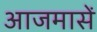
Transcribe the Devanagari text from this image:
आजमासें